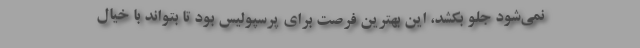
نمی‌شود جلو بکشد، این بهترین فرصت برای پرسپولیس بود تا بتواند با خیال